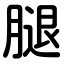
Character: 腿